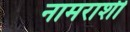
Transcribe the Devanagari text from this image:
नामराशी